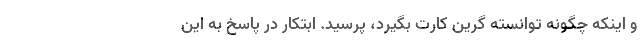
و اینکه چگونه توانسته گرین کارت بگیرد، پرسید. ابتکار در پاسخ به این